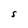
Character: S